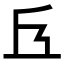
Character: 𠀈